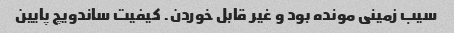
سیب زمینی مونده بود و غیر قابل خوردن. کیفیت ساندویچ پایین